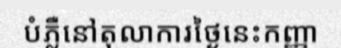
បំភ្លឺនៅតុលាការថ្ងៃនេះកញ្ញា